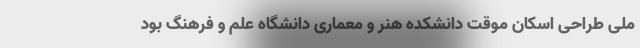
ملی طراحی اسکان موقت دانشکده هنر و معماری دانشگاه علم و فرهنگ بود